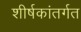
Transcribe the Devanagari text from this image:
शीर्षकांतर्गत